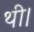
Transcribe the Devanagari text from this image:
थी।